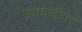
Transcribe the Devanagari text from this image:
इतयादींवर